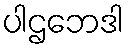
ပါဌဘေဒါ